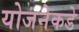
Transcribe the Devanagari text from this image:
योजनेकडे